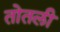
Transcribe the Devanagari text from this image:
तोतली